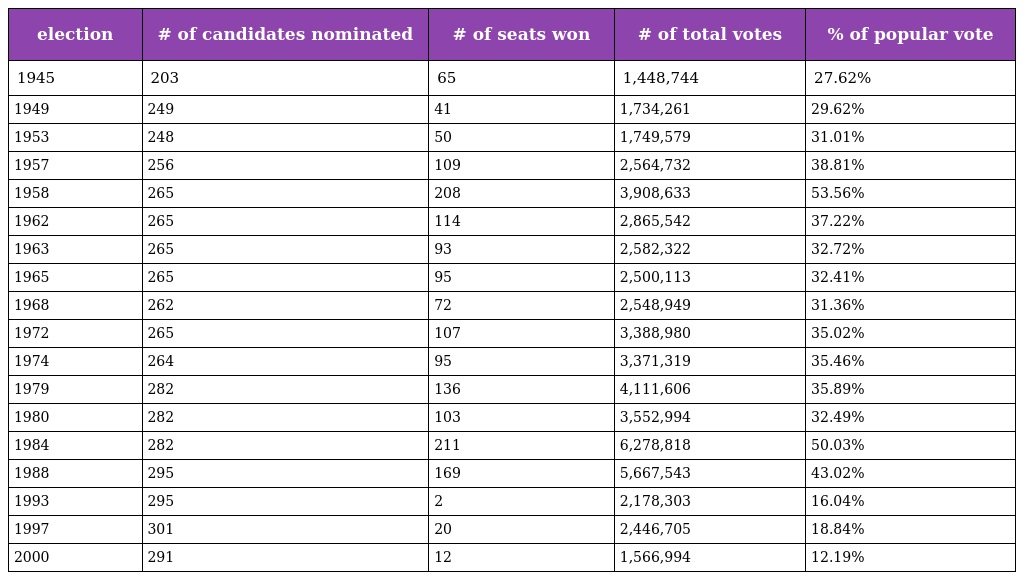
| election | # of candidates nominated | # of seats won | # of total votes | % of popular vote |
 | --- | --- | --- | --- | --- |
 | 1945 | 203 | 65 | 1,448,744 | 27.62% |
 | 1949 | 249 | 41 | 1,734,261 | 29.62% |
 | 1953 | 248 | 50 | 1,749,579 | 31.01% |
 | 1957 | 256 | 109 | 2,564,732 | 38.81% |
 | 1958 | 265 | 208 | 3,908,633 | 53.56% |
 | 1962 | 265 | 114 | 2,865,542 | 37.22% |
 | 1963 | 265 | 93 | 2,582,322 | 32.72% |
 | 1965 | 265 | 95 | 2,500,113 | 32.41% |
 | 1968 | 262 | 72 | 2,548,949 | 31.36% |
 | 1972 | 265 | 107 | 3,388,980 | 35.02% |
 | 1974 | 264 | 95 | 3,371,319 | 35.46% |
 | 1979 | 282 | 136 | 4,111,606 | 35.89% |
 | 1980 | 282 | 103 | 3,552,994 | 32.49% |
 | 1984 | 282 | 211 | 6,278,818 | 50.03% |
 | 1988 | 295 | 169 | 5,667,543 | 43.02% |
 | 1993 | 295 | 2 | 2,178,303 | 16.04% |
 | 1997 | 301 | 20 | 2,446,705 | 18.84% |
 | 2000 | 291 | 12 | 1,566,994 | 12.19% |